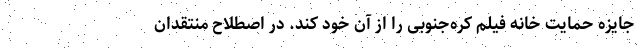
جایزه حمایت خانه فیلم کره‌جنوبی را از آن خود کند. در اصطلاح منتقدان